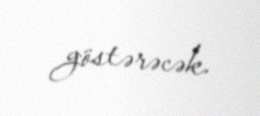
göstərəcək.